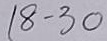
18 - 30